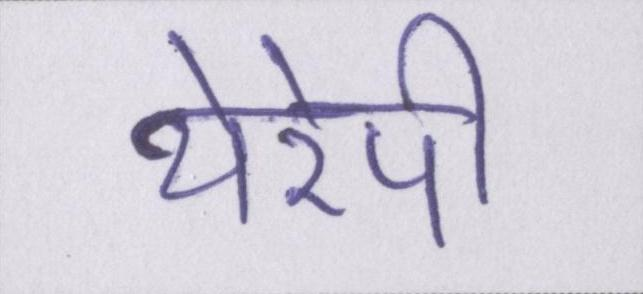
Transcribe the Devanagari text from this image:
थेरेपी